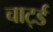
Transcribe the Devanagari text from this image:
चार्ट्ड